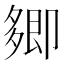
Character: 𭅽